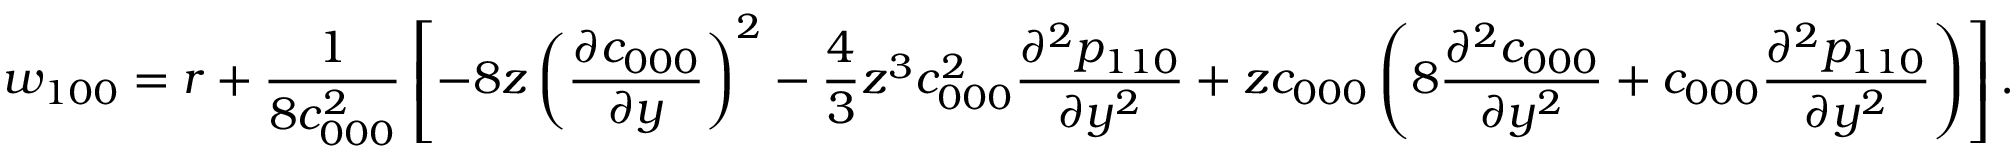
w _ { 1 0 0 } = r + \frac { 1 } { 8 c _ { 0 0 0 } ^ { 2 } } \left[ - 8 z \left( \frac { \partial c _ { 0 0 0 } } { \partial y } \right) ^ { 2 } - \frac { 4 } { 3 } z ^ { 3 } c _ { 0 0 0 } ^ { 2 } \frac { \partial ^ { 2 } p _ { 1 1 0 } } { \partial y ^ { 2 } } + z c _ { 0 0 0 } \left( 8 \frac { \partial ^ { 2 } c _ { 0 0 0 } } { \partial y ^ { 2 } } + c _ { 0 0 0 } \frac { \partial ^ { 2 } p _ { 1 1 0 } } { \partial y ^ { 2 } } \right) \right] .